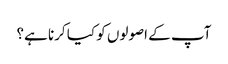
آپ کے اصولوں کو کیا کرنا ہے؟